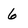
Character: 6